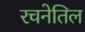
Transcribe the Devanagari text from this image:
रचनेतिल